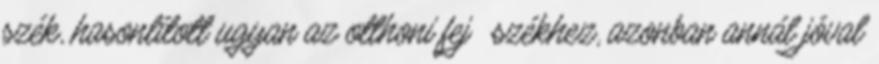
szék, hasonlított ugyan az otthoni fejıszékhez, azonban annál jóval